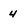
Character: 4